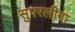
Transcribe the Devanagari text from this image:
सुपरलीगा